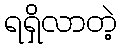
ရရှိလာတဲ့